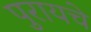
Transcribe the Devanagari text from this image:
पुरायचे